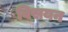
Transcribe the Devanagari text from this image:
विसयन